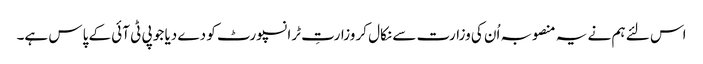
اس لئے ہم نے یہ منصوبہ اُن کی وزارت سے نکال کر وزارتِ ٹرانسپورٹ کو دے دیا جو پی ٹی آئی کے پاس ہے۔